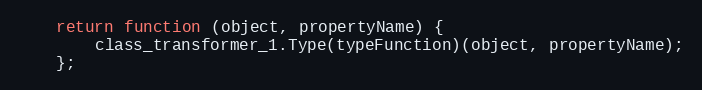
Language: JavaScript
    return function (object, propertyName) {
        class_transformer_1.Type(typeFunction)(object, propertyName);
    };